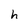
Character: h